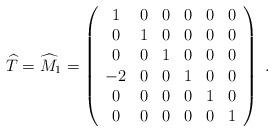
LaTeX: \begin{align*}{\widehat T} ={\widehat M}_1=\left( \begin{array}{cccccc} 1&0&0&0&0&0 \\ 0&1&0&0&0&0 \\ 0&0&1&0&0&0 \\ -2&0&0&1&0&0 \\ 0&0&0&0&1&0 \\ 0&0&0&0&0&1 \end{array} \right)\; .\end{align*}